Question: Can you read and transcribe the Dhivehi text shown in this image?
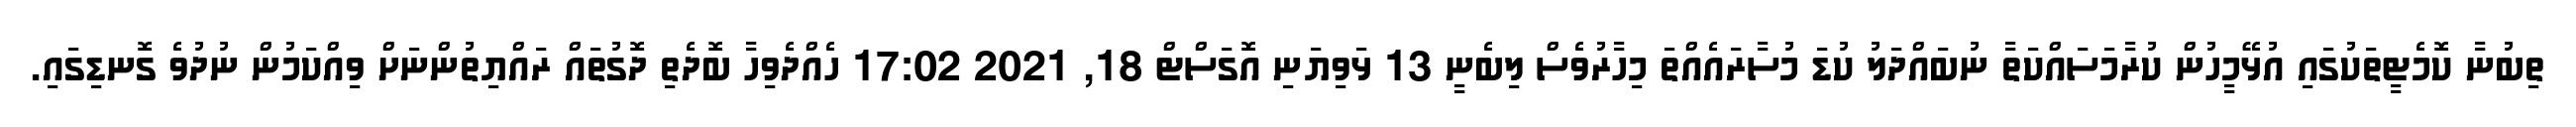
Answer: ތިބުނާ ކޮމެޓީތަކުގައި އުޅޭމީހުން ކުރާމަސައްކަތާ ނުބައްދަލު ކުޑަ މުސާރައެއްތަ މިހާރުވެސް ލިބެނީ 13 ޅަވިޔަނި އޮގަސްޓް 18, 2021 17:02 ހެއްދެވިހާ ބޮދެތި ދޮގުތައް ރައްޔިތުންނަށް ވިއްކަމުން ނުދުވެ ގޮނޑިގައި.